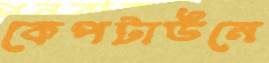
কেপটাউনে